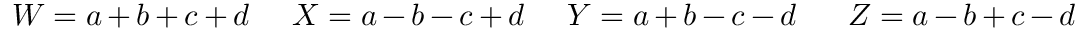
W = a + b + c + d \; \; \; \; \; X = a - b - c + d \; \; \; \; \; Y = a + b - c - d \; \; \; \; \; \; Z = a - b + c - d